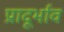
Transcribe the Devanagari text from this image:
प्रादूर्भाव